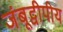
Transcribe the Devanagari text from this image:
जंबूद्वीपीय